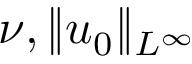
\nu , \| u _ { 0 } \| _ { L ^ { \infty } }